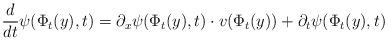
LaTeX: \begin{align*}\dfrac{d}{dt}\psi(\Phi_t(y),t) = \partial_x\psi(\Phi_t(y),t)\cdot v(\Phi_t(y)) + \partial_t\psi(\Phi_t(y),t)\end{align*}